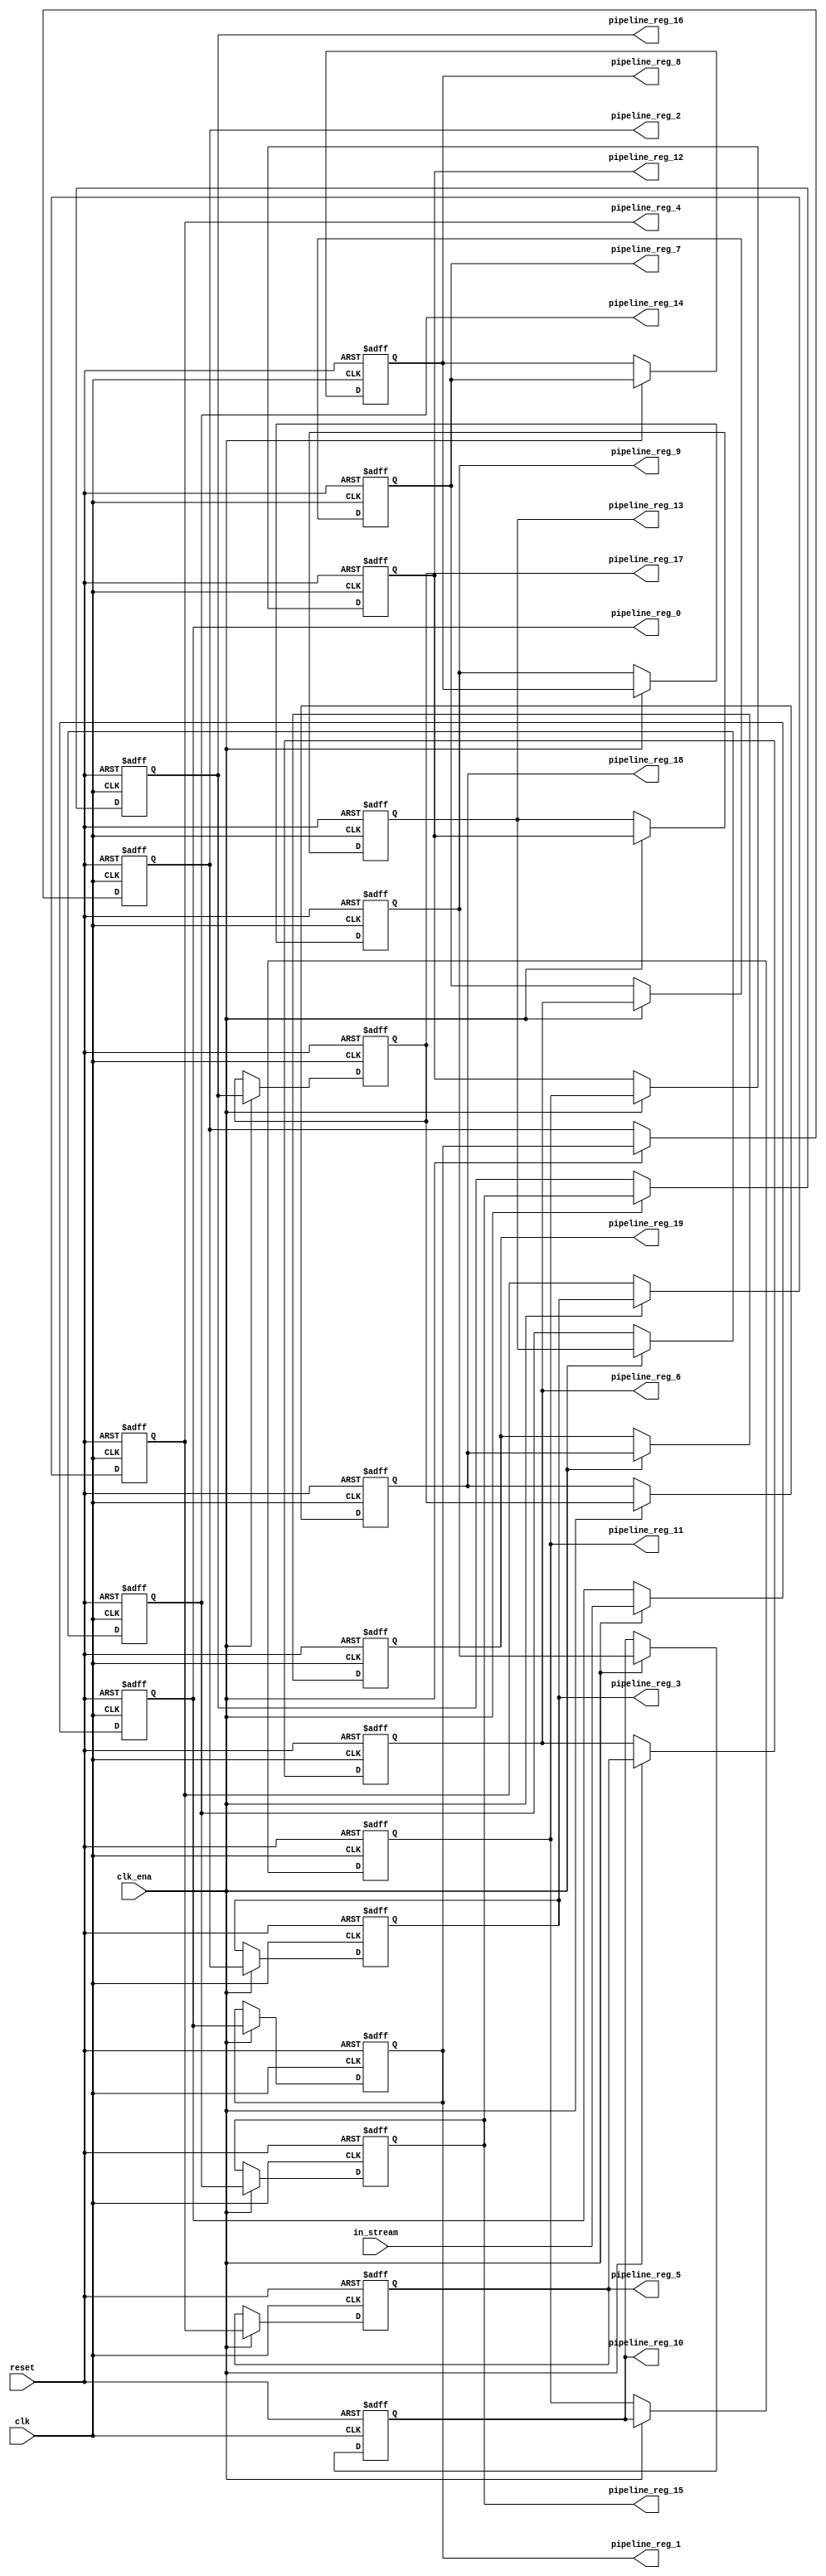
module input_pipeline (
	clk,
	clk_ena,
	in_stream,
	pipeline_reg_0,
	pipeline_reg_1,
	pipeline_reg_2,
	pipeline_reg_3,
	pipeline_reg_4,
	pipeline_reg_5,
	pipeline_reg_6,
	pipeline_reg_7,
	pipeline_reg_8,
	pipeline_reg_9,
	pipeline_reg_10,
	pipeline_reg_11,
	pipeline_reg_12,
	pipeline_reg_13,
	pipeline_reg_14,
	pipeline_reg_15,
	pipeline_reg_16,
	pipeline_reg_17,
	pipeline_reg_18,
	pipeline_reg_19,
	reset);
	parameter WIDTH = 1;
	input clk;
	input clk_ena;
	input [WIDTH-1:0] in_stream;
	output [WIDTH-1:0] pipeline_reg_0;
	output [WIDTH-1:0] pipeline_reg_1;
	output [WIDTH-1:0] pipeline_reg_2;
	output [WIDTH-1:0] pipeline_reg_3;
	output [WIDTH-1:0] pipeline_reg_4;
	output [WIDTH-1:0] pipeline_reg_5;
	output [WIDTH-1:0] pipeline_reg_6;
	output [WIDTH-1:0] pipeline_reg_7;
	output [WIDTH-1:0] pipeline_reg_8;
	output [WIDTH-1:0] pipeline_reg_9;
	output [WIDTH-1:0] pipeline_reg_10;
	output [WIDTH-1:0] pipeline_reg_11;
	output [WIDTH-1:0] pipeline_reg_12;
	output [WIDTH-1:0] pipeline_reg_13;
	output [WIDTH-1:0] pipeline_reg_14;
	output [WIDTH-1:0] pipeline_reg_15;
	output [WIDTH-1:0] pipeline_reg_16;
	output [WIDTH-1:0] pipeline_reg_17;
	output [WIDTH-1:0] pipeline_reg_18;
	output [WIDTH-1:0] pipeline_reg_19;
	reg [WIDTH-1:0] pipeline_reg_0;
	reg [WIDTH-1:0] pipeline_reg_1;
	reg [WIDTH-1:0] pipeline_reg_2;
	reg [WIDTH-1:0] pipeline_reg_3;
	reg [WIDTH-1:0] pipeline_reg_4;
	reg [WIDTH-1:0] pipeline_reg_5;
	reg [WIDTH-1:0] pipeline_reg_6;
	reg [WIDTH-1:0] pipeline_reg_7;
	reg [WIDTH-1:0] pipeline_reg_8;
	reg [WIDTH-1:0] pipeline_reg_9;
	reg [WIDTH-1:0] pipeline_reg_10;
	reg [WIDTH-1:0] pipeline_reg_11;
	reg [WIDTH-1:0] pipeline_reg_12;
	reg [WIDTH-1:0] pipeline_reg_13;
	reg [WIDTH-1:0] pipeline_reg_14;
	reg [WIDTH-1:0] pipeline_reg_15;
	reg [WIDTH-1:0] pipeline_reg_16;
	reg [WIDTH-1:0] pipeline_reg_17;
	reg [WIDTH-1:0] pipeline_reg_18;
	reg [WIDTH-1:0] pipeline_reg_19;
	input reset;
	always@(posedge clk or posedge reset) begin
		if(reset) begin
			pipeline_reg_0 <= 0;
			pipeline_reg_1 <= 0;
			pipeline_reg_2 <= 0;
			pipeline_reg_3 <= 0;
			pipeline_reg_4 <= 0;
			pipeline_reg_5 <= 0;
			pipeline_reg_6 <= 0;
			pipeline_reg_7 <= 0;
			pipeline_reg_8 <= 0;
			pipeline_reg_9 <= 0;
			pipeline_reg_10 <= 0;
			pipeline_reg_11 <= 0;
			pipeline_reg_12 <= 0;
			pipeline_reg_13 <= 0;
			pipeline_reg_14 <= 0;
			pipeline_reg_15 <= 0;
			pipeline_reg_16 <= 0;
			pipeline_reg_17 <= 0;
			pipeline_reg_18 <= 0;
			pipeline_reg_19 <= 0;
		end else begin
			if(clk_ena) begin
				pipeline_reg_0 <= in_stream;
				pipeline_reg_1 <= pipeline_reg_0;
				pipeline_reg_2 <= pipeline_reg_1;
				pipeline_reg_3 <= pipeline_reg_2;
				pipeline_reg_4 <= pipeline_reg_3;
				pipeline_reg_5 <= pipeline_reg_4;
				pipeline_reg_6 <= pipeline_reg_5;
				pipeline_reg_7 <= pipeline_reg_6;
				pipeline_reg_8 <= pipeline_reg_7;
				pipeline_reg_9 <= pipeline_reg_8;
				pipeline_reg_10 <= pipeline_reg_9;
				pipeline_reg_11 <= pipeline_reg_10;
				pipeline_reg_12 <= pipeline_reg_11;
				pipeline_reg_13 <= pipeline_reg_12;
				pipeline_reg_14 <= pipeline_reg_13;
				pipeline_reg_15 <= pipeline_reg_14;
				pipeline_reg_16 <= pipeline_reg_15;
				pipeline_reg_17 <= pipeline_reg_16;
				pipeline_reg_18 <= pipeline_reg_17;
				pipeline_reg_19 <= pipeline_reg_18;
			end 
		end
	end
endmodule